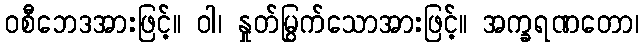
ဝစီဘေဒအားဖြင့်။ ဝါ၊ နှုတ်မြွက်သောအားဖြင့်။ အက္ခရဏတော၊